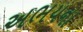
અભયના